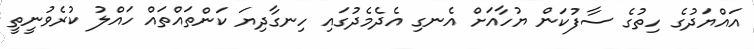
އައްޔަދުގެ ހިތުގެ ސާފުކަން ޔުހާއަށް އެނގި އެދެމެދުގައި ހިނގާދިޔަ ކަންތައްތައް ހައްލު ކުރެވުނީތީ